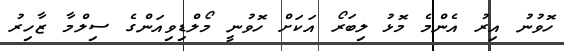
ހޮވުނު އިރު އެންމެ މޮޅު ލިބަރޯ އަކަށް ހޮވުނީ މޯލްޑިވިއަންގެ ސިލްމާ ޒާހިރު